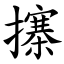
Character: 㩟